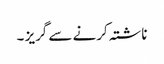
ناشتہ کرنے سے گریز ۔